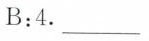
B:4.___